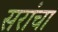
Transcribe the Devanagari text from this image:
सरांचा